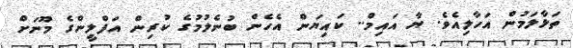
ތަޅާލަމުން އަހާލިއެވެ. ޔާ އައިމް.. ކައިޔަން އެހެން ބުނެލުމުގެ ކުރިން އަފްލީންގެ މޫނަށް